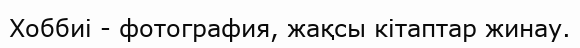
Хоббиі - фотография, жақсы кітаптар жинау.